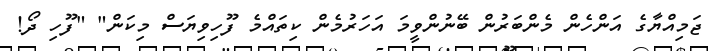
ޖަމިއްޔާގެ އަންހެން މެންބަރުން ބޭނުންވީމަ އަހަރުމެން ކިތައްމެ ފޫހިވިޔަސް މިކަން" "ފޫހި ދޯ!